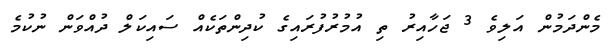
މެންދަމުން އަލިވެ 3 ޖަހާއިރު ތި އުމުރުފުރައިގެ ކުދިންތަކެއް ސައިކަލް ދުއްވަން ނުކުމެ